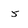
Character: 5